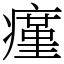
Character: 瘽